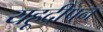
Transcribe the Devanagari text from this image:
यहूदीपन